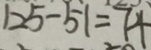
1 2 5 - 5 1 = 7 4